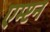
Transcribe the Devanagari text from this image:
एम्प्टन